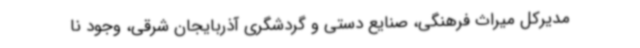
مدیرکل میراث فرهنگی، صنایع دستی و گردشگری آذربایجان شرقی، وجود نا